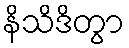
နိသိဒိတွာ